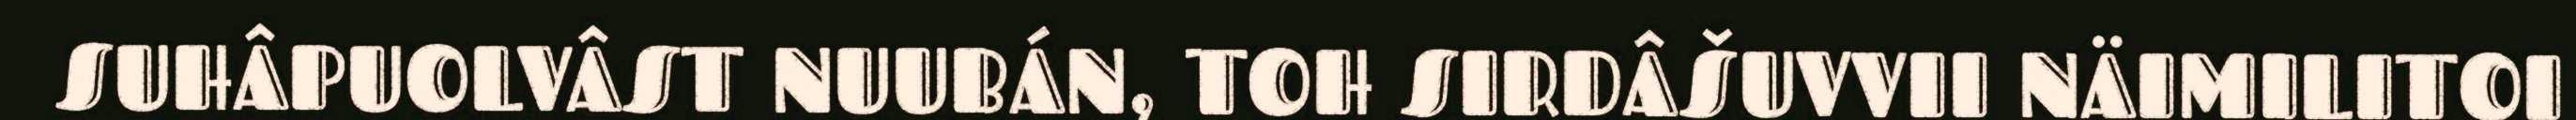
SUHÂPUOLVÂST NUUBÁN, TOH SIRDÂŠUVVII NÄIMILITOI